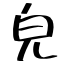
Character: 皃